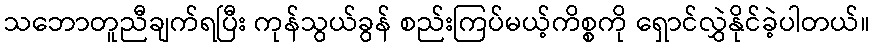
သဘောတူညီချက်ရပြီး ကုန်သွယ်ခွန် စည်းကြပ်မယ့်ကိစ္စကို ရှောင်လွှဲနိုင်ခဲ့ပါတယ်။